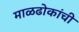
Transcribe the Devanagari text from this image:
माळढोकांची